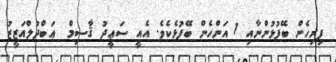
ފިރިހެން ބޭފުޅުންނާއި 1 އަންހެން ބޭފުޅެކެވެ. އެއީ ސަޢީދު ޤާސިމް  ޢަބްދުލްއަޒީޒު